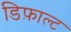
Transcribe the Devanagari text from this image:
डिफ़ाल्ट